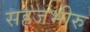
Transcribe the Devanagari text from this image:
सहजभीरु